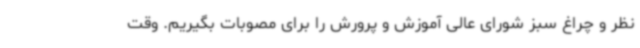
نظر و چراغ سبز شورای عالی آموزش و پرورش را برای مصوبات بگیریم. وقت